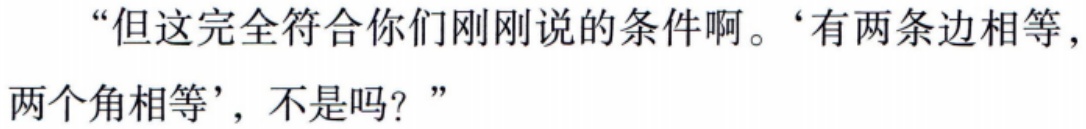
“但这完全符合你们刚刚说的条件啊。‘有两条边相等，两个角相等’，不是吗？”